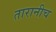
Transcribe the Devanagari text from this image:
तारानीच